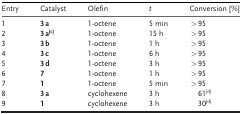
| Entry | Catalyst | Olefin | t | Conversion [%] |
 | --- | --- | --- | --- | --- |
 | 1 | 3 a | 1-octene | 5 min | >95 |
 | 2 | 3 a[c] | 1-octene | 15 h | >95 |
 | 3 | 3 b | 1-octene | 1 h | >95 |
 | 4 | 3 c | 1-octene | 6 h | >95 |
 | 5 | 3 d | 1-octene | 3 h | >95 |
 | 6 | 7 | 1-octene | 1 h | >95 |
 | 7 | 1 | 1-octene | 5 min | >95 |
 | 8 | 3 a | cyclohexene | 3 h | 61[d] |
 | 9 | 1 | cyclohexene | 3 h | 30[d] |